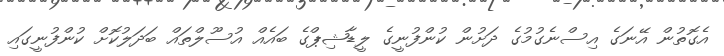
އެގޮތުން އޭނަގެ އިސްނެގުމުގެ ދަށުން ކުންފުނީގެ ލީޑާޝިޕްގެ ބައެއް އުސޫލްތައް ބަދަލުކޮށް ކުންފުނީގައި